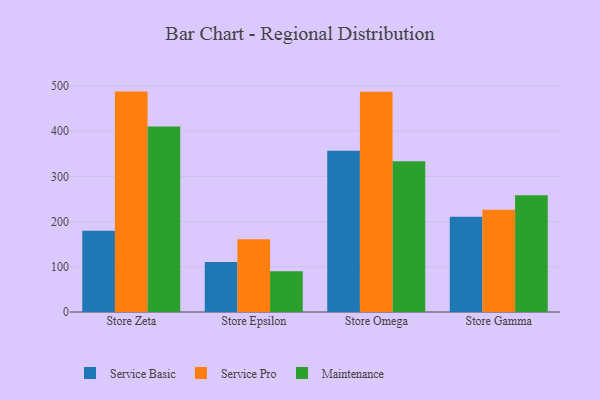
{"axis": {"x": "Store", "y": "Operating Costs (USD K)"}, "legend": ["Maintenance", "Service Basic", "Service Pro"], "data": [{"x": "Store Zeta", "y": 179.8, "type": "Service Basic"}, {"x": "Store Zeta", "y": 487.5, "type": "Service Pro"}, {"x": "Store Zeta", "y": 410.5, "type": "Maintenance"}, {"x": "Store Epsilon", "y": 110.6, "type": "Service Basic"}, {"x": "Store Epsilon", "y": 160.8, "type": "Service Pro"}, {"x": "Store Epsilon", "y": 90.3, "type": "Maintenance"}, {"x": "Store Omega", "y": 356.7, "type": "Service Basic"}, {"x": "Store Omega", "y": 487.0, "type": "Service Pro"}, {"x": "Store Omega", "y": 333.2, "type": "Maintenance"}, {"x": "Store Gamma", "y": 210.7, "type": "Service Basic"}, {"x": "Store Gamma", "y": 226.2, "type": "Service Pro"}, {"x": "Store Gamma", "y": 258.1, "type": "Maintenance"}]}